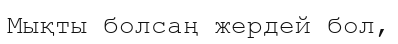
Мықты болсаң жердей бол,